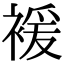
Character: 褑